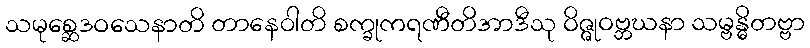
သမုစ္ဆေဒဝသေနာတိ တာနေဝါတိ စက္ခုကရဏီတိအာဒီသု ဝိဇ္ဇုဝဗ္ဘဃနာ သမ္ဗန္ဓိတဗ္ဗာ